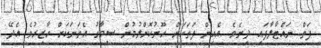
ފަތް ނައްޓާލާފައި ދިނެވެ. އެއިން ފަތަކަށް ހޫނުކޮށްލުމުން ސިމާގު އެތަނަކަށް ހާޒިރުވެ އެދޭ